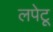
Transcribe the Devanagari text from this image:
लपेटू